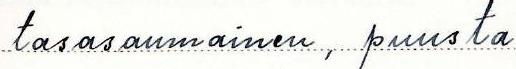
tasasaumainen, puusta